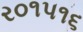
ર૦૧પ૧૬